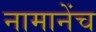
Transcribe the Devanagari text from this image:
नामानेंच